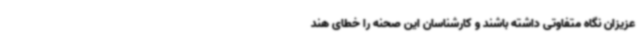
عزیزان نگاه متفاوتی داشته باشند و کارشناسان این صحنه را خطای هند